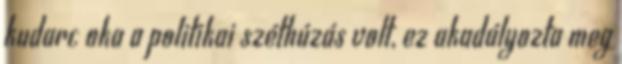
kudarc oka a politikai széthúzás volt, ez akadályozta meg